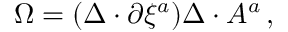
\Omega = ( \Delta \cdot \partial \xi ^ { a } ) \Delta \cdot A ^ { a } \, ,